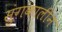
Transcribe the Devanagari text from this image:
सुंगकालीन